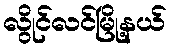
လွိုင်လင်မြို့နယ်